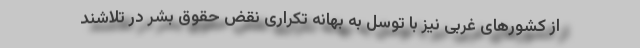
از کشورهای غربی نیز با توسل به بهانه تکراری نقض حقوق بشر در تلاشند